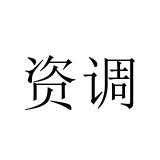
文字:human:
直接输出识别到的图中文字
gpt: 资调